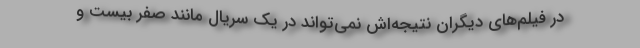
در فیلم‌های دیگران نتیجه‌اش نمی‌تواند در یک سریال مانند صفر بیست و